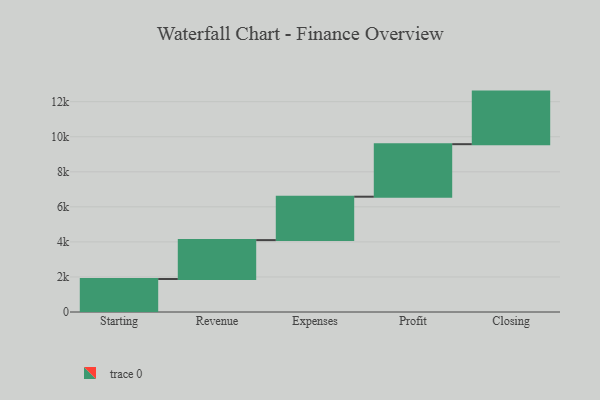
{"axis": {"x": "Step", "y": "Value"}, "legend": [""], "data": [{"x": "Starting", "y": 1882.0, "type": ""}, {"x": "Revenue", "y": 2220.0, "type": ""}, {"x": "Expenses", "y": 2477.0, "type": ""}, {"x": "Profit", "y": 2997.0, "type": ""}, {"x": "Closing", "y": 3000, "type": ""}]}